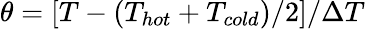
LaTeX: \theta=[T-(T_{hot}+T_{cold})/2]/\Delta T